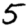
Digit: 5